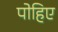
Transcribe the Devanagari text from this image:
पोहिए